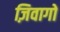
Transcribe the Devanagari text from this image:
ज़िवागो